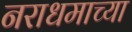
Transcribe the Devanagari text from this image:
नराधमाच्या